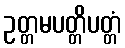
ဥတ္တမပတ္တိပတ္တံ